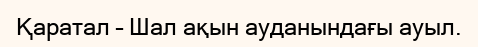
Қаратал – Шал ақын ауданындағы ауыл.